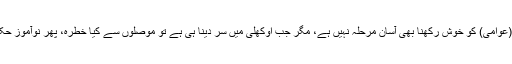
بی این پی اور بی اے پی (عوامی) کو خوش رکھنا بھی آسان مرحلہ نہیں ہے، مگر جب اوکھلی میں سر دینا ہی ہے تو موصلوں سے کیا خطرہ، پھر نوآموز حکومت کو موقع دیناچاہیے۔